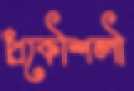
প্রকৌশলৗ